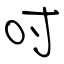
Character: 吋